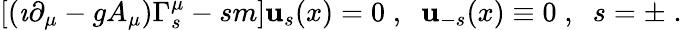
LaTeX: [(\imath\partial_{\mu}-gA_{\mu})\Gamma_{s}^{\mu}-sm]\mathbf{u}_{s}(x)=0\; ,\; \; \mathbf{u}_{-s}(x)\equiv0\; ,\; \; s=\pm\; .